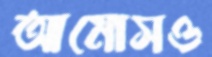
আমোসও